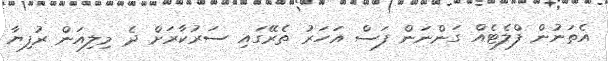
އެތަނުން ފްލެޓެއް ގަންނަން ފަސް އަހަރު ތެރޭގައި ސަރުކާރަށް ދެ މިލިއަން ރުފިޔާ